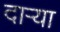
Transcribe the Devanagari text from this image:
दाऱ्या